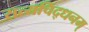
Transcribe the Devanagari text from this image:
सत्यचिद्धनम्